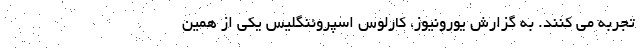
تجربه می کنند. به گزارش یورونیوز، کارلوس اسپروئنگلیس یکی از همین